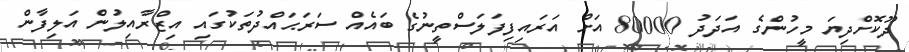
ދޫކޮށްދިޔަ މީހުންގެ އަދަދު 80000 އަށް އަރައިފިފަލަސްތީނުގެ ބައެއް ސަރަޙައްދުތަކުގައި އިޒްރާއިލުން އަލިފާން